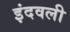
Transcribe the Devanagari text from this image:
इंदवली